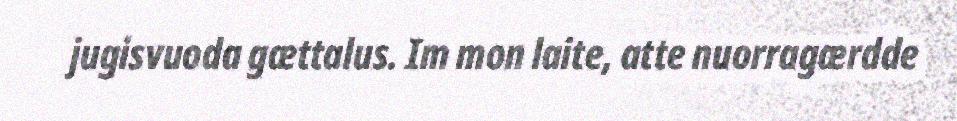
jugisvuoda gættalus. Im mon laite, atte nuorragærdde